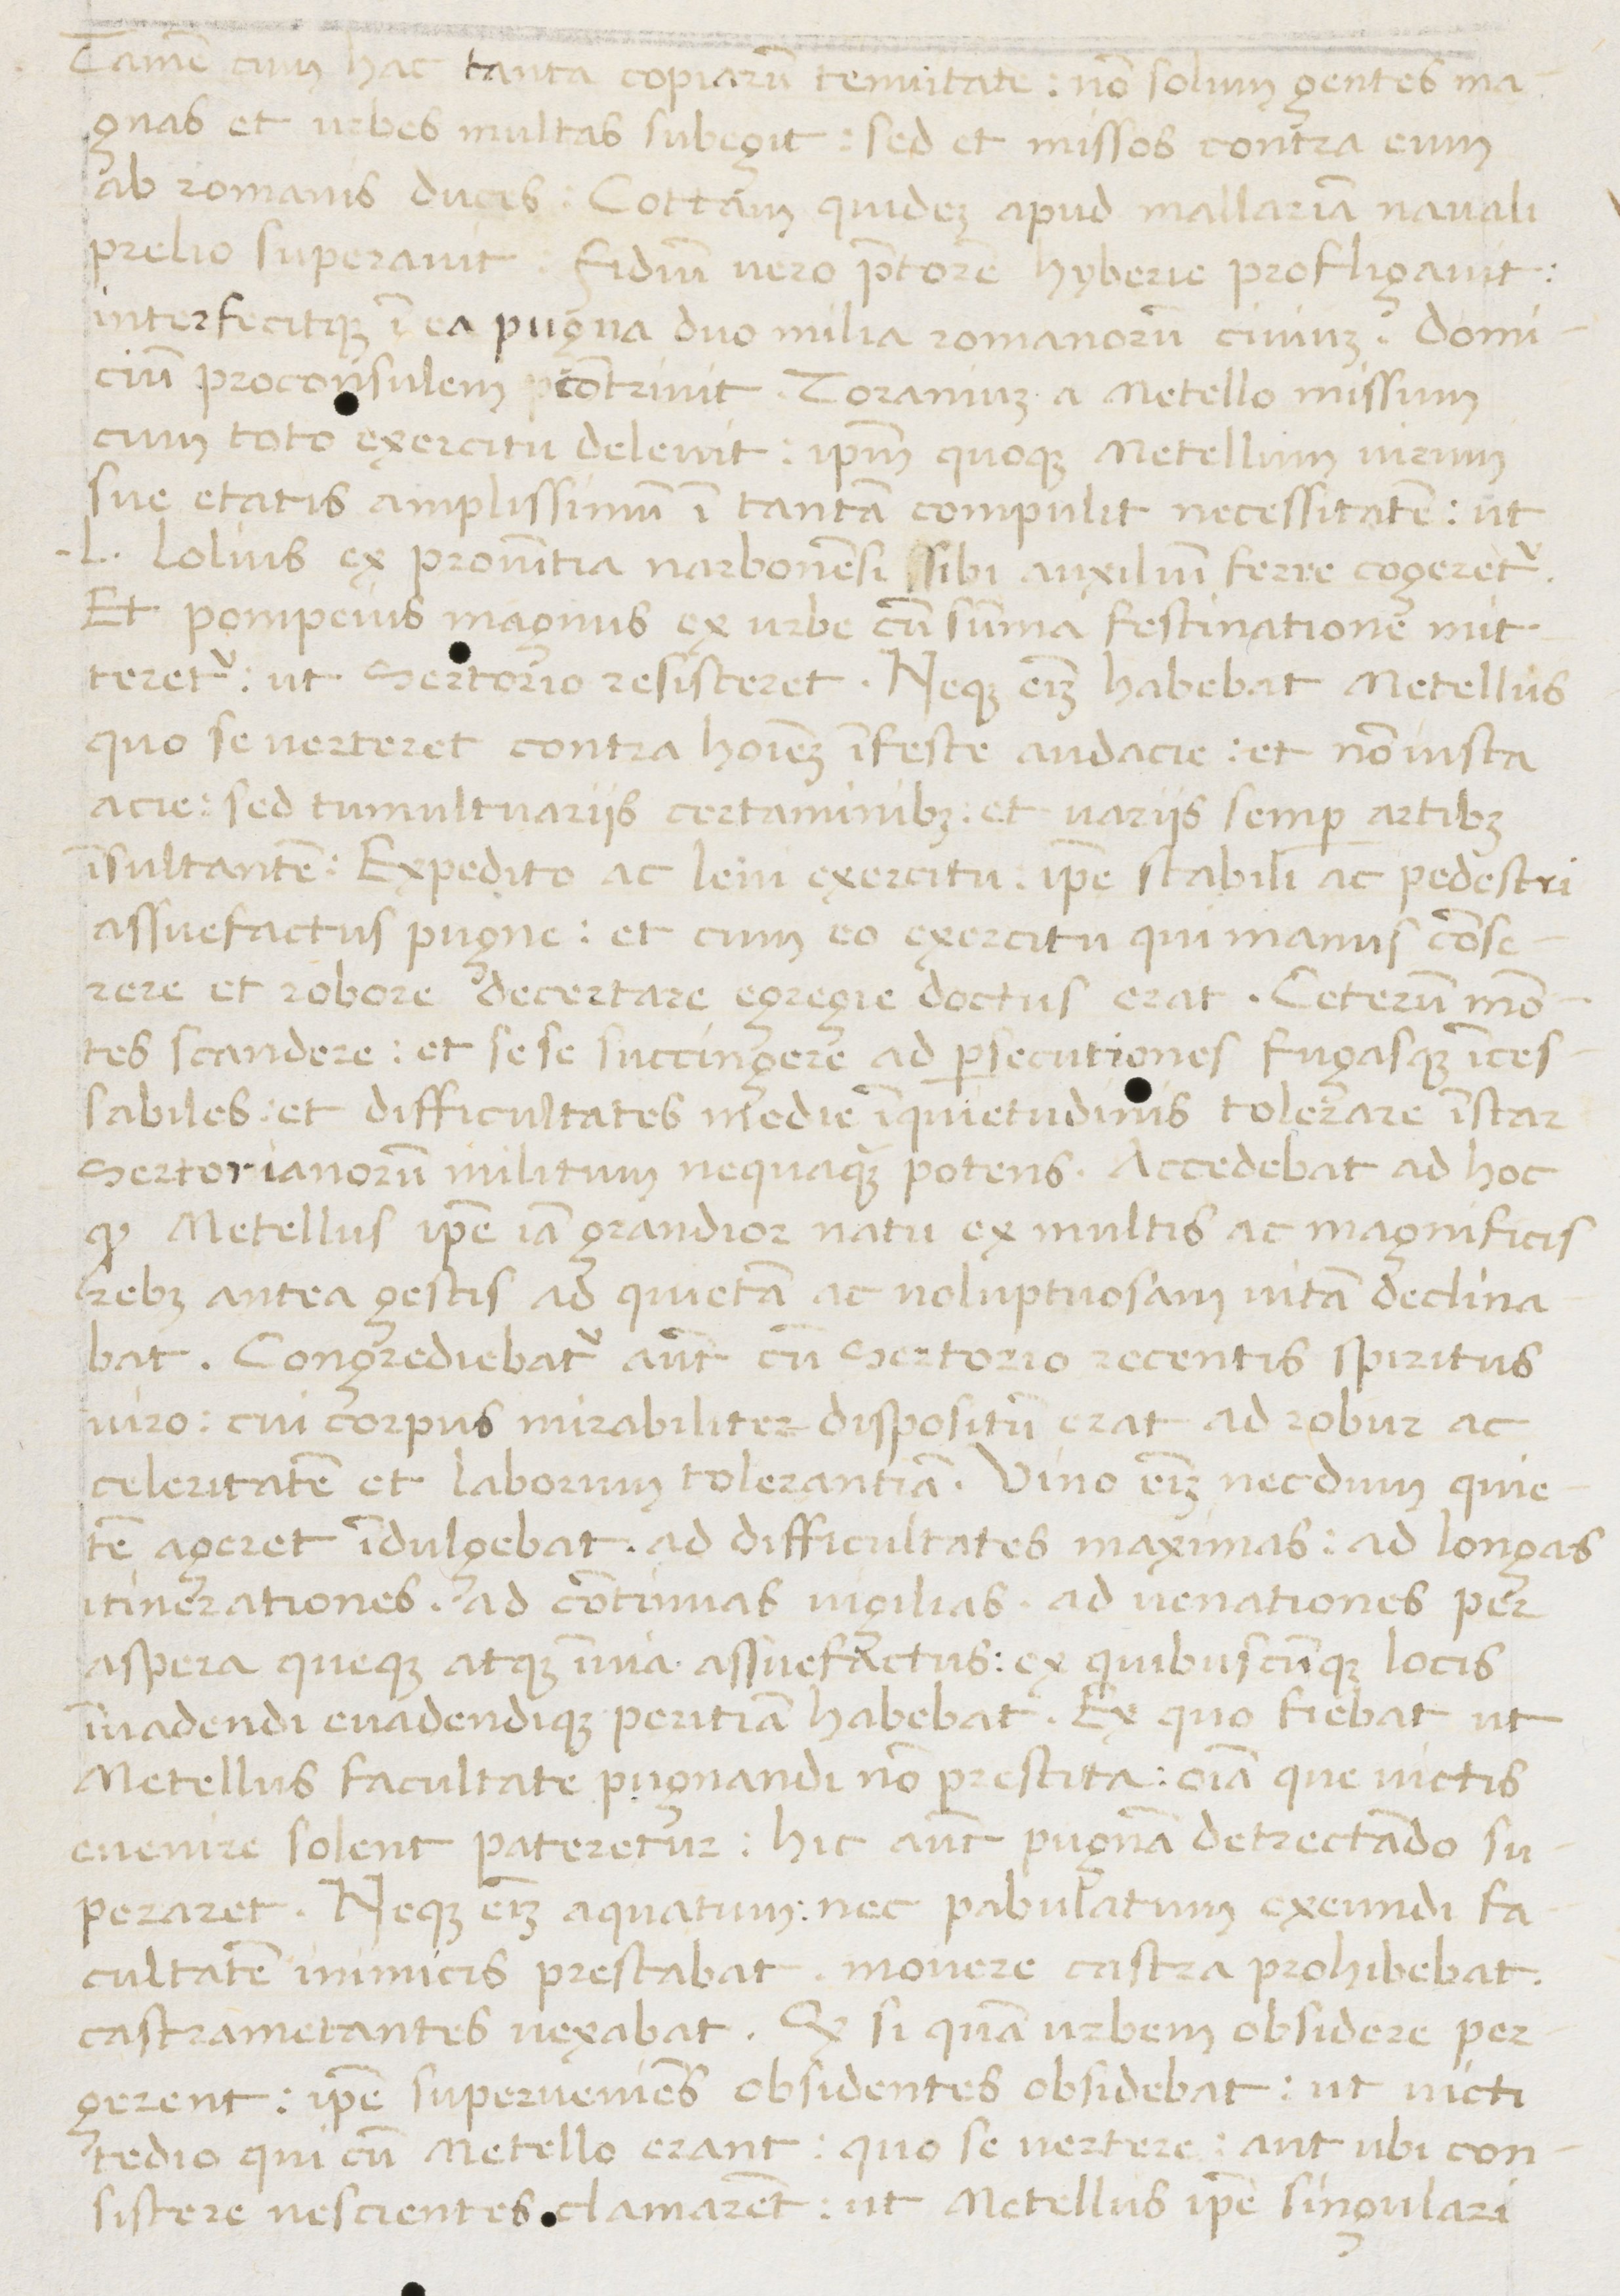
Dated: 1450–1474